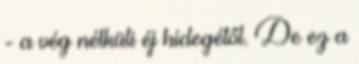
- a vég nélküli éj hidegétől. De ez a